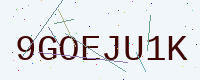
Text: 9GOEJU1K